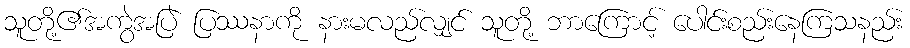
သူတို့၏အကွဲအပြဲ ပြဿနာကို နားမလည်လျှင် သူတို့ ဘာကြောင့် ပေါင်းစည်းနေကြသနည်း